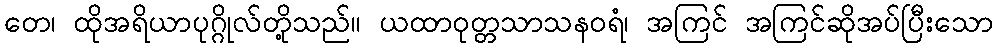
တေ၊ ထိုအရိယာပုဂ္ဂိုလ်တို့သည်။ ယထာဝုတ္တသာသနဝရံ၊ အကြင် အကြင်ဆိုအပ်ပြီးသော